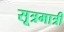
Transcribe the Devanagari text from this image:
सूत्रमात्री